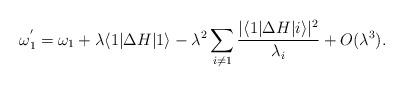
LaTeX: \begin{align*}\omega_1^{'}=\omega_1+\lambda\langle 1|\Delta H|1\rangle-\lambda^2\sum_{i\neq 1}\frac{|\langle 1|\Delta H|i\rangle|^2}{\lambda_i}+O(\lambda^3).\end{align*}